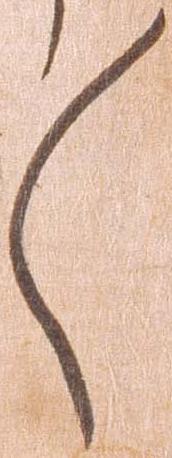
々